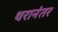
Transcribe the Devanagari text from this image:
थरानंतर